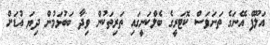
އަލޫފް އޭނަގެ ތަނަވަސް ކޮޓަރީގެ ބެލްކަނީގައި ތަރިތަކުން ވިދާ ބަބުޅަމުން ދިޔަ އުޑަށް